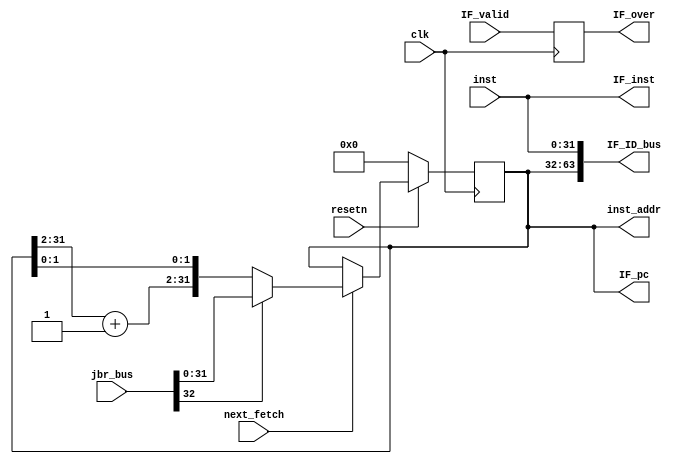
`timescale 1ns / 1ps
//*************************************************************************
//   > : fetch.v
//   >   :CPU
//   >   : LOONGSON
//   >   : 2016-04-14
//*************************************************************************
`define STARTADDR 32'd0   // 0
module fetch(                    // 
    input             clk,       // 
    input             resetn,    // 
    input             IF_valid,  // 
    input             next_fetch,// PC
    input      [31:0] inst,      // inst_rom
    input      [32:0] jbr_bus,   // 
    output     [31:0] inst_addr, // inst_rom
     output reg        IF_over,   // IF
    output     [63:0] IF_ID_bus, // IF->ID
    
    //PC
    output     [31:0] IF_pc,
    output     [31:0] IF_inst
);

//-----{PC}begin
    wire [31:0] next_pc;
    wire [31:0] seq_pc;
     reg  [31:0] pc;
    //pc
    wire        jbr_taken;
    wire [31:0] jbr_target;
    assign {jbr_taken, jbr_target} = jbr_bus; //
    
    assign seq_pc[31:2]  = pc[31:2] + 1'b1;   //PC=PC+4
    assign seq_pc[1 :0]  = pc[1:0];

    // 
    assign next_pc = jbr_taken ? jbr_target : seq_pc; 
    
    always @(posedge clk)    // PC
    begin
        if (!resetn)
        begin
            pc <= `STARTADDR; // 
        end
        else if (next_fetch)
        begin
            pc <= next_pc;    // 
        end
    end
//-----{PC}end

//-----{inst_rom}begin
    assign inst_addr = pc;
//-----{inst_rom}end

//-----{IF}begin
    //rom,
    //
    //
    //
    //IF_validIF_over
   always @(posedge clk)
    begin
        IF_over <= IF_valid;
    end
    //romIF_validIF_over
    //
//-----{IF}end

//-----{IF->ID}begin
    assign IF_ID_bus = {pc, inst};
//-----{IF->ID}end

//-----{IFPC}begin
    assign IF_pc   = pc;
    assign IF_inst = inst;
//-----{IFPC}end
endmodule